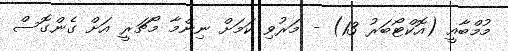
މުމްބާއީ (އޮކްޓޯބަަރު 13) - މަރުވި ކަމަށް ނިންމާ މޯޗަރީ އަށް ގެންގޮސް